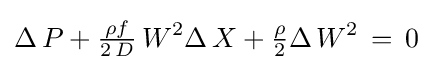
\Delta \,P+{\tfrac {\rho f}{2\,D}}\,W^{2}\Delta \,X+{\tfrac {\rho }{2}}\Delta \,W^{2}\,=\,0